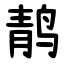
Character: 䴖